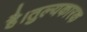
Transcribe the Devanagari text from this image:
है।तुल्यकारक